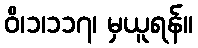
ဝိ၊၁၊၁၁၇၊ မှယူရန်။